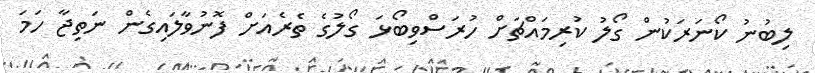
ލިބުނު ކޯނަރަކުން ގޯލު ކުރިމައްޗަށް ހުރަސްވިބޯޅަ ގޯލުގެ ތެރެއަށް ފޮނުވާލައިގެން ނަތިޖާ ހަމަ